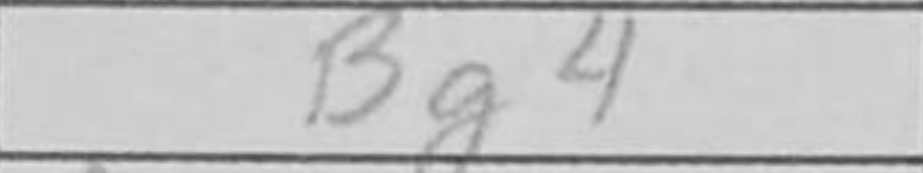
Transcription: Bg4